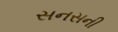
સનસની